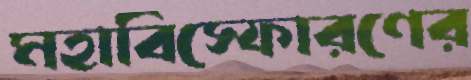
মহাবিস্ফোরণের